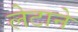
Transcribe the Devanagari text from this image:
लेटाने